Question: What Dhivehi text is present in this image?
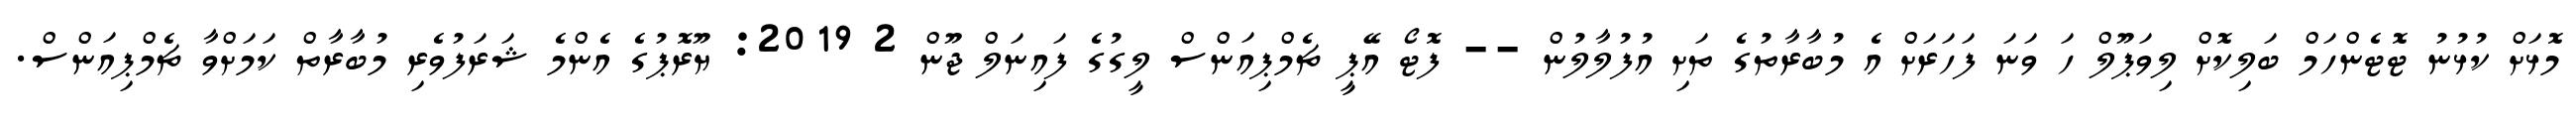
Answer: މޮޅަށް ކުޅުނު ޓޮޓެންހަމް ބަލިކޮށް ލިވަޕޫލް ހަ ވަނަ ފަހަރަށް އެ މުބާރާތުގެ ތަށި އުފުލާލުން -- ފޮޓޯ އޭޕީ ޗެމްޕިއަންސް ލީގުގެ ފައިނަލް ޖޫން 2 2019: ޔޫރޮޕުގެ އެންމެ ޝަރަފުވެރި މުބާރާތް ކަމަށްވާ ޗެމްޕިއަންސް.